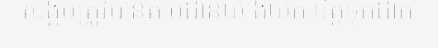
សង្គមត្រូវបានតាមដានយ៉ាងយក ចិត្តទុកដាក់